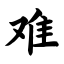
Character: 难